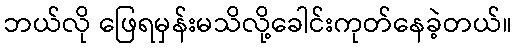
ဘယ်လို ဖြေရမှန်းမသိလို့ခေါင်းကုတ်နေခဲ့တယ်။